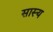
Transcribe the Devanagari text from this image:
सास्य